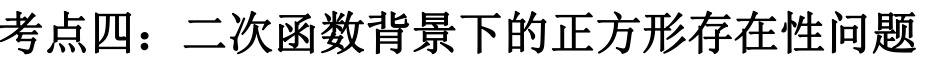
考点四：二次函数背景下的正方形存在性问题